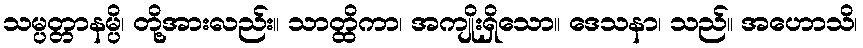
သမ္ပတ္တာနမ္ပိ၊ တို့အားလည်း။ သာတ္ထိကာ၊ အကျိုးရှိသော။ ဒေသနာ၊ သည်။ အဟောသိ၊